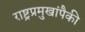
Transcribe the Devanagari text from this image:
राष्ट्रप्रमुखांपैकी